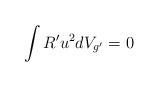
LaTeX: \begin{align*}\int {R'} u^2 dV_{g'} = 0\end{align*}